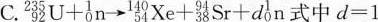
C.$$_{9}^{235}U + _{0}^{1}n \rightarrow \frac{140}{54}Xe + _{38}^{94}Sr + d_{0}^{1}n$$ 中$$ d = 1$$